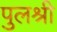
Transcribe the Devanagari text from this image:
पुलश्री